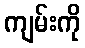
ကျမ်းကို